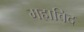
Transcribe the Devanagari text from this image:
महाबिद